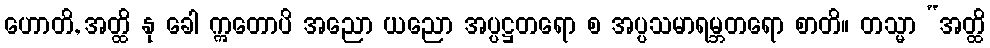
ဟောတိ, အတ္ထိ နု ခေါ ဣတောပိ အညော ယညော အပ္ပဋ္ဌတရော စ အပ္ပသမာရမ္ဘတရော စာတိ။ တသ္မာ “အတ္ထိ